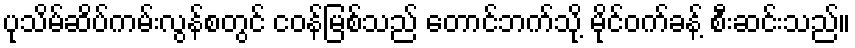
ပုသိမ်ဆိပ်ကမ်းလွန်စတွင် ငဝန်မြစ်သည် တောင်ဘက်သို့ မိုင်ဝက်ခန့် စီးဆင်းသည်။